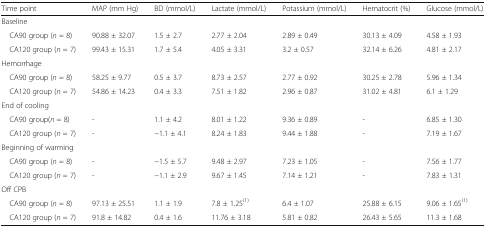
<table><thead><tr><td><b>Time point</b></td><td><b>MAP (mm Hg)</b></td><td><b>BD (mmol/L)</b></td><td><b>Lactate (mmol/L)</b></td><td><b>Potassium (mmol/L)</b></td><td><b>Hematocrit (%)</b></td><td><b>Glucose (mmol/L)</b></td></tr></thead><tbody><tr><td colspan="7">Baseline</td></tr><tr><td> CA90 group (<i>n</i> = 8)</td><td>90.88 ± 32.07</td><td>1.5 ± 2.7</td><td>2.77 ± 2.04</td><td>2.89 ± 0.49</td><td>30.13 ± 4.09</td><td>4.58 ± 1.93</td></tr><tr><td> CA120 group (<i>n</i> = 7)</td><td>99.43 ± 15.31</td><td>1.7 ± 5.4</td><td>4.05 ± 3.31</td><td>3.2 ± 0.57</td><td>32.14 ± 6.26</td><td>4.81 ± 2.17</td></tr><tr><td colspan="7">Hemorrhage</td></tr><tr><td> CA90 group (<i>n</i> = 8)</td><td>58.25 ± 9.77</td><td>0.5 ± 3.7</td><td>8.73 ± 2.57</td><td>2.77 ± 0.92</td><td>30.25 ± 2.78</td><td>5.96 ± 1.34</td></tr><tr><td> CA120 group (<i>n</i> = 7)</td><td>54.86 ± 14.23</td><td>0.4 ± 3.3</td><td>7.51 ± 1.82</td><td>2.96 ± 0.87</td><td>31.02 ± 4.81</td><td>6.1 ± 1.29</td></tr><tr><td colspan="7">End of cooling</td></tr><tr><td> CA90 group(<i>n</i> = 8)</td><td>-</td><td>1.1 ± 4.2</td><td>8.01 ± 1.22</td><td>9.36 ± 0.89</td><td>-</td><td>6.85 ± 1.30</td></tr><tr><td> CA120 group (<i>n</i> = 7)</td><td>-</td><td>−1.1 ± 4.1</td><td>8.24 ± 1.83</td><td>9.44 ± 1.88</td><td>-</td><td>7.19 ± 1.67</td></tr><tr><td colspan="7">Beginning of warming</td></tr><tr><td> CA90 group (<i>n</i> = 8)</td><td>-</td><td>−1.5 ± 5.7</td><td>9.48 ± 2.97</td><td>7.23 ± 1.05</td><td>-</td><td>7.56 ± 1.77</td></tr><tr><td> CA120 group (<i>n</i> = 7)</td><td>-</td><td>−1.1 ± 2.9</td><td>9.67 ± 1.45</td><td>7.14 ± 1.21</td><td>-</td><td>7.83 ± 1.31</td></tr><tr><td colspan="7">Off CPB</td></tr><tr><td> CA90 group (<i>n</i> = 8)</td><td>97.13 ± 25.51</td><td>1.1 ± 1.9</td><td>7.8 ± 1.25<sup>(1)</sup></td><td>6.4 ± 1.07</td><td>25.88 ± 6.15</td><td>9.06 ± 1.65<sup>(1)</sup></td></tr><tr><td> CA120 group (<i>n</i> = 7)</td><td>91.8 ± 14.82</td><td>0.4 ± 1.6</td><td>11.76 ± 3.18</td><td>5.81 ± 0.82</td><td>26.43 ± 5.65</td><td>11.3 ± 1.68</td></tr></tbody></table>